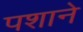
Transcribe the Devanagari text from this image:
पशाने